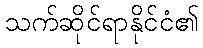
သက်ဆိုင်ရာနိုင်ငံ၏